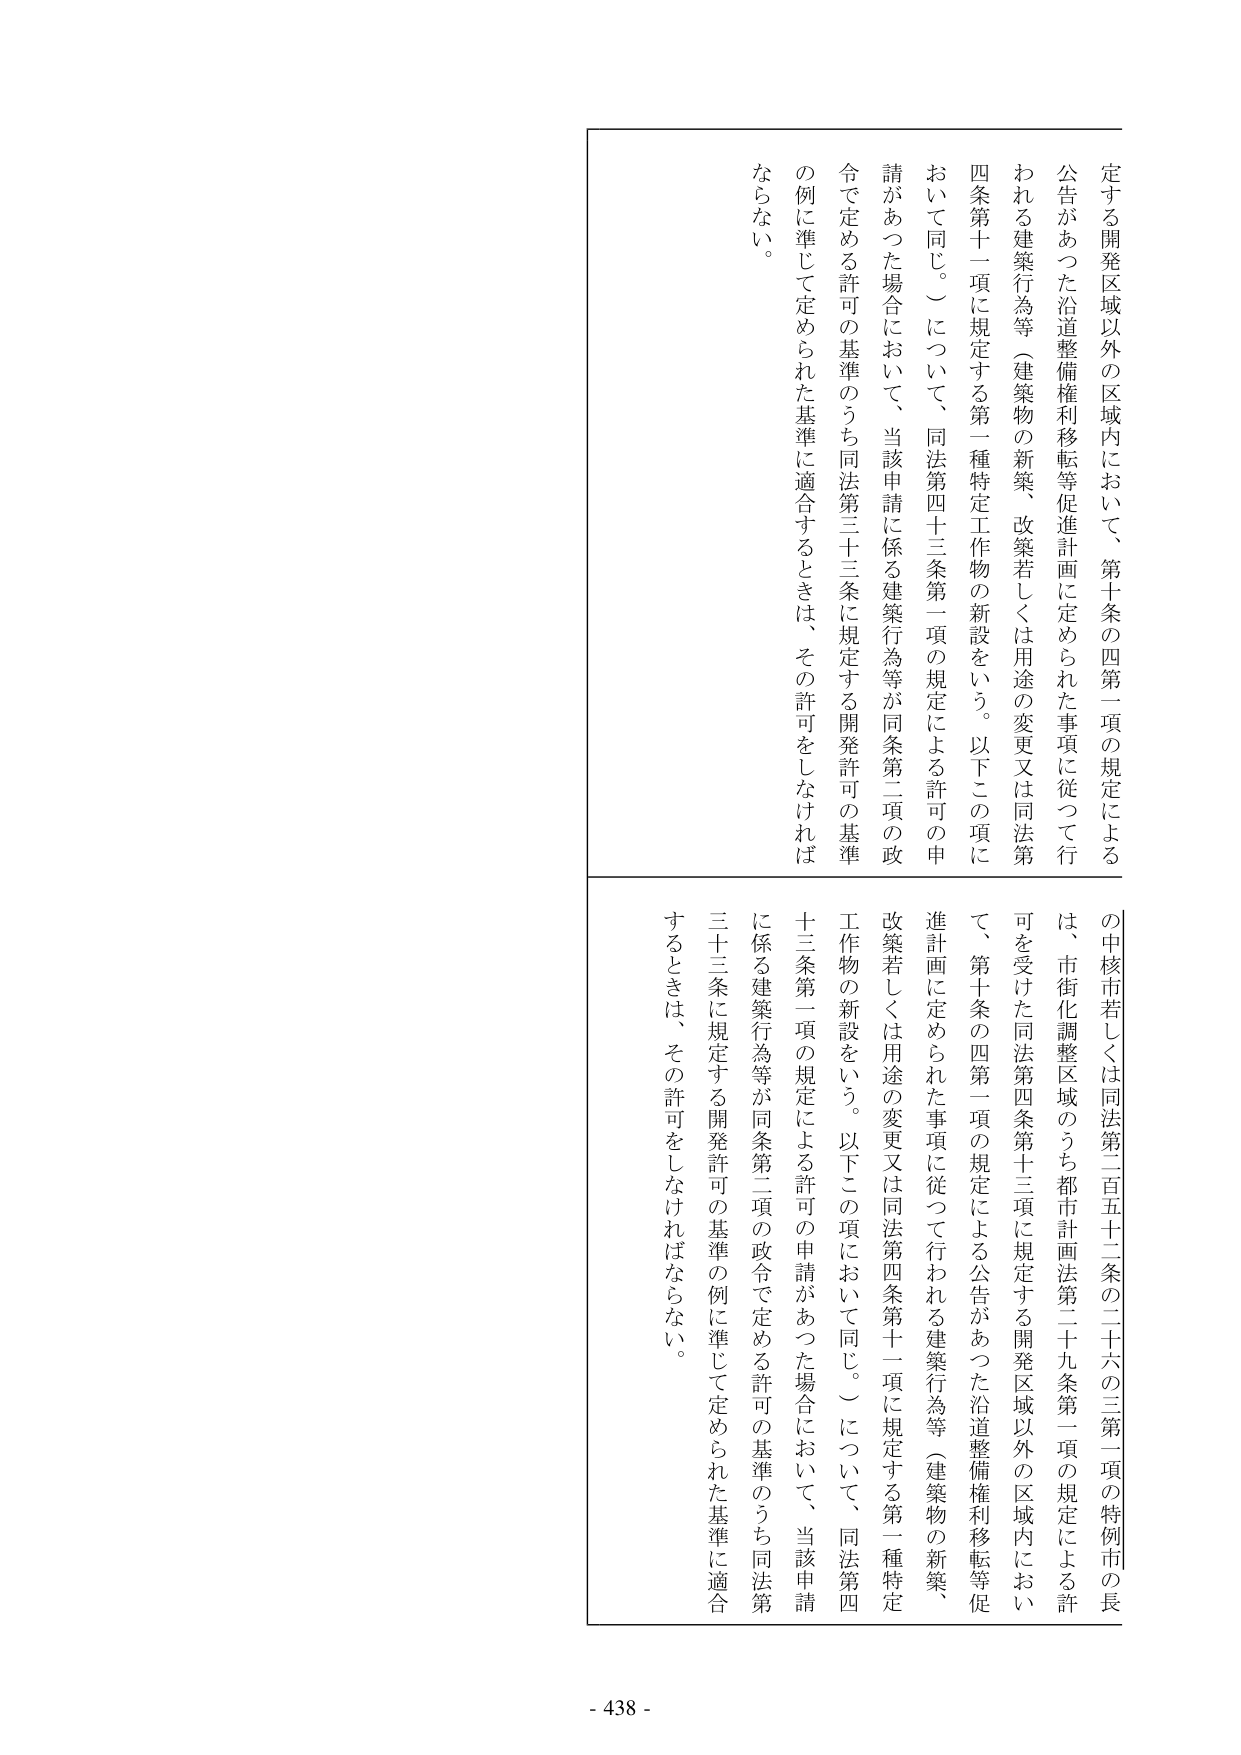
定する開発区域以外の区域内において、第十条の四第一項の規定による
公告があった沿道整備権利移転等促進計画に定められた事項に従って行
われる建築行為等（建築物の新築、改築若しくは用途の変更又は同法第
四条第十一項に規定する第一種特定工作物の新設をいう。以下この項に
おいて同じ。）について、同法第四十三条第一項の規定による許可の申
請があった場合において、当該申請に係る建築行為等が同条第二項の政
令で定める許可の基準のうち同法第三十三条に規定する開発許可の基準
の例に準じて定められた基準に適合するときは、その許可をしなければ
ならない。

の中核市若しくは同法第二百五十二条の二十六の三第一項の特例市の長
は、市街化調整区域のうち都市計画法第二十九条第一項の規定による許
可を受けた同法第四条第十三項に規定する開発区域以外の区域内におい
て、第十条の四第一項の規定による公告があった沿道整備権利移転等促
進計画に定められた事項に従って行われる建築行為等（建築物の新築、
改築若しくは用途の変更又は同法第四条第十一項に規定する第一種特定
工作物の新設をいう。以下この項において同じ。）について、同法第四
十三条第一項の規定による許可の申請があった場合において、当該申請
に係る建築行為等が同条第二項の政令で定める許可の基準のうち同法第
三十三条に規定する開発許可の基準の例に準じて定められた基準に適合
するときは、その許可をしなければならない。

- 438 -